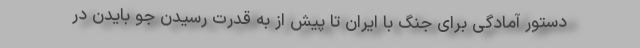
دستور آمادگی برای جنگ با ایران تا پیش از به قدرت رسیدن جو بایدن در